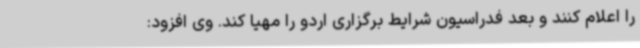
را اعلام کنند و بعد فدراسیون شرایط برگزاری اردو را مهیا کند. وی افزود: